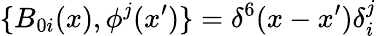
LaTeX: \{ B_{0i}(x),\phi^{j}(x^{\prime})\} =\delta^{6}(x-x^{\prime})\delta_{i}^{j}